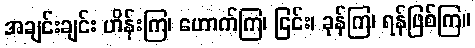
အချင်းချင်း ဟိန်းကြ၊ ဟောက်ကြ၊ ငြင်း၊ ခုန်ကြ၊ ရန်ဖြစ်ကြ။